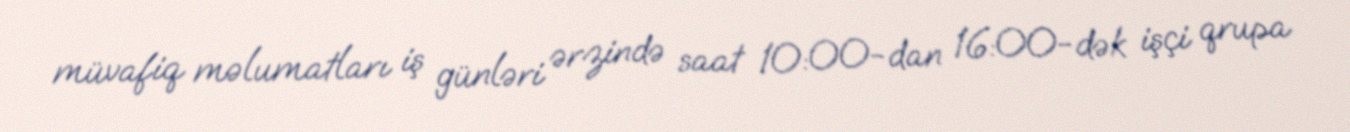
müvafiq məlumatları iş günləri ərzində saat 10:00-dan 16:00-dək işçi qrupa